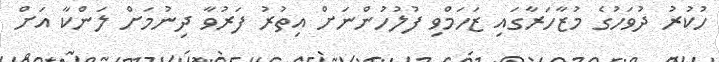
ހުކުރު ދުވަހުގެ މުޒާހަރާގައި ޒަހަމްވި ފުލުހުންނަށް އިތުރު ފަރުވާ ދިނުމަށް ލަންކާ އަށް